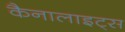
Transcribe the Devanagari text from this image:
कैनालाइट्स